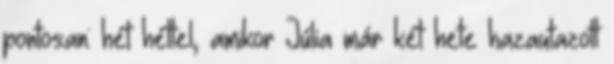
pontosan: hét héttel, amikor Júlia már két hete hazautazott